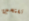
تفتحين